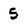
Character: 5